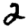
Digit: 2